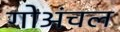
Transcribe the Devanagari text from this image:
गोअंचल